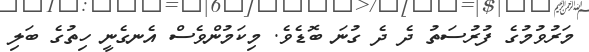
މަރުވުމުގެ ފުރުސަތު ދެ ދެ ގުނަ ބޮޑެވެ. މިކަމުންވެސް އެނގެނީ ހިތުގެ ބަލި